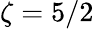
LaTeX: \zeta=5/2